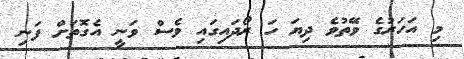
މި އަހަރުގެ ވޭތުވެ ދިޔަ ހަ ރޯދައިގައި ވެސް ވަނީ އެގޮތަށް ފަނި